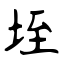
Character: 垤